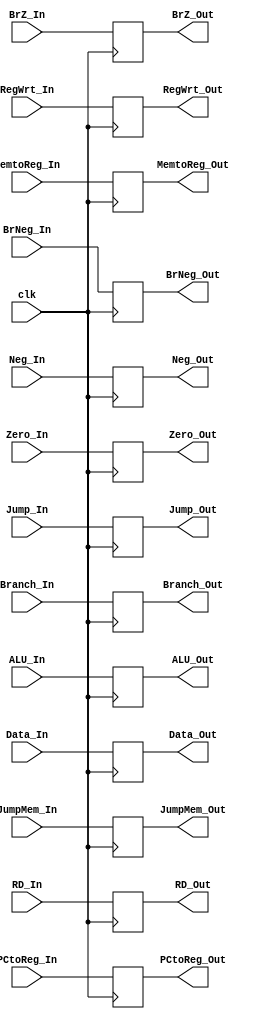
module EX_MEM (clk, Neg_In, Zero_In, RegWrt_In, MemtoReg_In, PCtoReg_In, BrNeg_In, BrZ_In, Jump_In, JumpMem_In, ALU_In, Data_In, RD_In, Branch_In, Neg_Out, Zero_Out, RegWrt_Out, MemtoReg_Out, PCtoReg_Out, BrNeg_Out, BrZ_Out, Jump_Out, JumpMem_Out, ALU_Out, Data_Out, RD_Out, Branch_Out);

input clk;
input Neg_In, Zero_In, RegWrt_In, MemtoReg_In, PCtoReg_In, BrNeg_In, BrZ_In, Jump_In, JumpMem_In;
input [31:0] ALU_In;
input [31:0] Data_In;
input [5:0] RD_In;
input [31:0] Branch_In;

output Neg_Out, Zero_Out, RegWrt_Out, MemtoReg_Out, PCtoReg_Out, BrNeg_Out, BrZ_Out, Jump_Out, JumpMem_Out;
output [31:0] ALU_Out;
output [31:0] Data_Out;
output [5:0] RD_Out;
output [31:0] Branch_Out;

always @(posedge clk) begin
    Neg_Out = Neg_In;
    Zero_Out = Zero_In;
    RegWrt_Out = RegWrt_In;
    MemtoReg_Out = MemtoReg_In;
    PCtoReg_Out = PCtoReg_In;
    BrNeg_Out = BrNeg_In;
    BrZ_Out = BrZ_In;
    Jump_Out = Jump_In;
    JumpMem_Out = JumpMem_In;
    ALU_Out = ALU_In;
    Data_Out = Data_In;
    RD_Out = RD_In;
    Branch_Out = Branch_In;    
end

endmodule